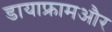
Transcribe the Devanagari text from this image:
डायाफ्रामऔर